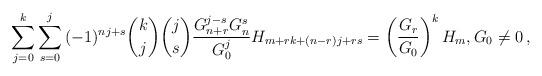
LaTeX: \begin{align*}\sum_{j = 0}^k {\sum_{s = 0}^j {( - 1)^{nj + s} \binom kj\binom js\frac{{G_{n + r} ^{j - s} G_n ^s }}{{G_0 ^j }}H_{m + rk + (n - r)j + rs} } } = \left( {\frac{{G_r }}{{G_0 }}} \right)^k H_m,G_0\ne 0\,, \end{align*}